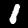
Digit: 1